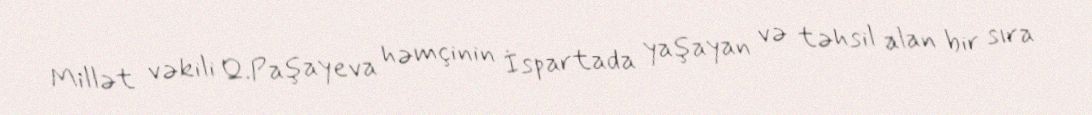
Millət vəkili Q.Paşayeva həmçinin İspartada yaşayan və təhsil alan bir sıra